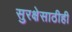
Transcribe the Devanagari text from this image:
सुरक्षेसाठीही